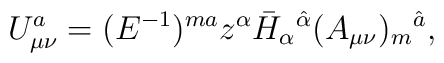
U_{\mu \nu }^a = (E^{-1})^{ma} z^\alpha  \bar{H}_\alpha {}^{\hat{\alpha }}(A_{\mu \nu })_m{}^{\hat{a}},